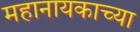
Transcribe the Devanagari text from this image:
महानायकाच्या